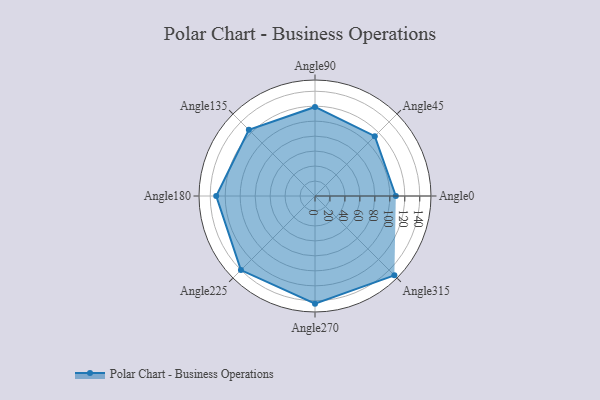
{"axis": {"x": "Angle", "y": "Radius"}, "legend": [""], "data": [{"x": "Angle0", "y": 108.0, "type": ""}, {"x": "Angle45", "y": 113.0, "type": ""}, {"x": "Angle90", "y": 119.0, "type": ""}, {"x": "Angle135", "y": 125.0, "type": ""}, {"x": "Angle180", "y": 132.0, "type": ""}, {"x": "Angle225", "y": 140.0, "type": ""}, {"x": "Angle270", "y": 144.0, "type": ""}, {"x": "Angle315", "y": 150.0, "type": ""}]}